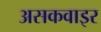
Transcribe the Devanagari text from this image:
असकवाइर